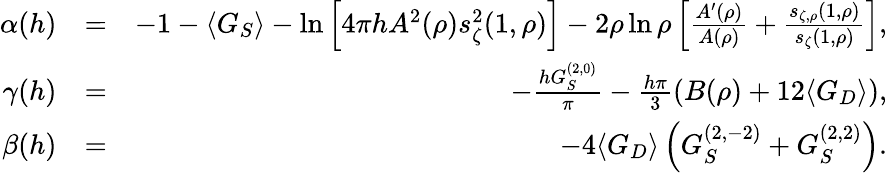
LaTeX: \begin{array}{rlr}{\alpha(h)}&{=}&{-1-\langle G_{S}\rangle-\ln\left[4\pi hA^{2}(\rho)s_{\zeta}^{2}(1,\rho)\right]-2\rho\ln\rho\left[\frac{A^{\prime}(\rho)}{A(\rho)}+\frac{s_{\zeta,\rho}(1,\rho)}{s_{\zeta}(1,\rho)}\right],}\\ {\gamma(h)}&{=}&{-\frac{hG_{S}^{(2,0)}}{\pi}-\frac{h\pi}{3}\left(B(\rho)+12\langle G_{D}\rangle\right),}\\ {\beta(h)}&{=}&{-4\langle G_{D}\rangle\left(G_{S}^{(2,-2)}+G_{S}^{(2,2)}\right).}\end{array}